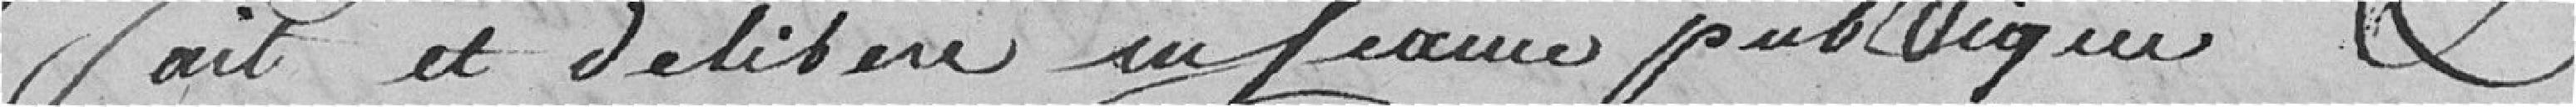
Fait et délibéré en séance publique et